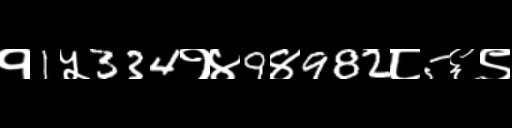
Text: १1५334१४9४982८5६९